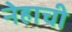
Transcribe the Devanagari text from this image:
नेहाची